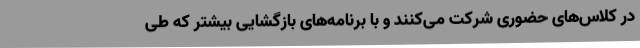
در کلاس‌های حضوری شرکت می‌کنند و با برنامه‌های بازگشایی بیشتر که طی